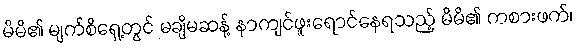
မိမိ၏ မျက်စိရှေ့တွင် မချိမဆန့် နာကျင်ဖူးရောင်နေရသည့် မိမိ၏ ကစားဖက်၊